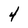
Character: 4